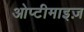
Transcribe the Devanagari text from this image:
ओप्टीमाइज़